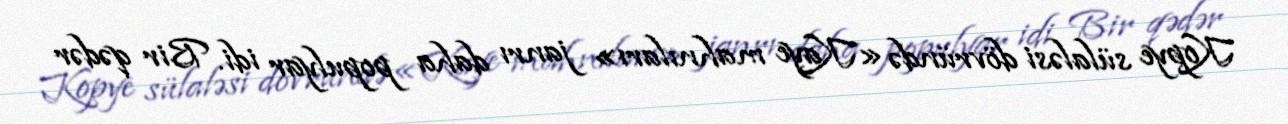
Kopye sülaləsi dövründə «Kaye mahnıları» janrı daha populyar idi. Bir qədər